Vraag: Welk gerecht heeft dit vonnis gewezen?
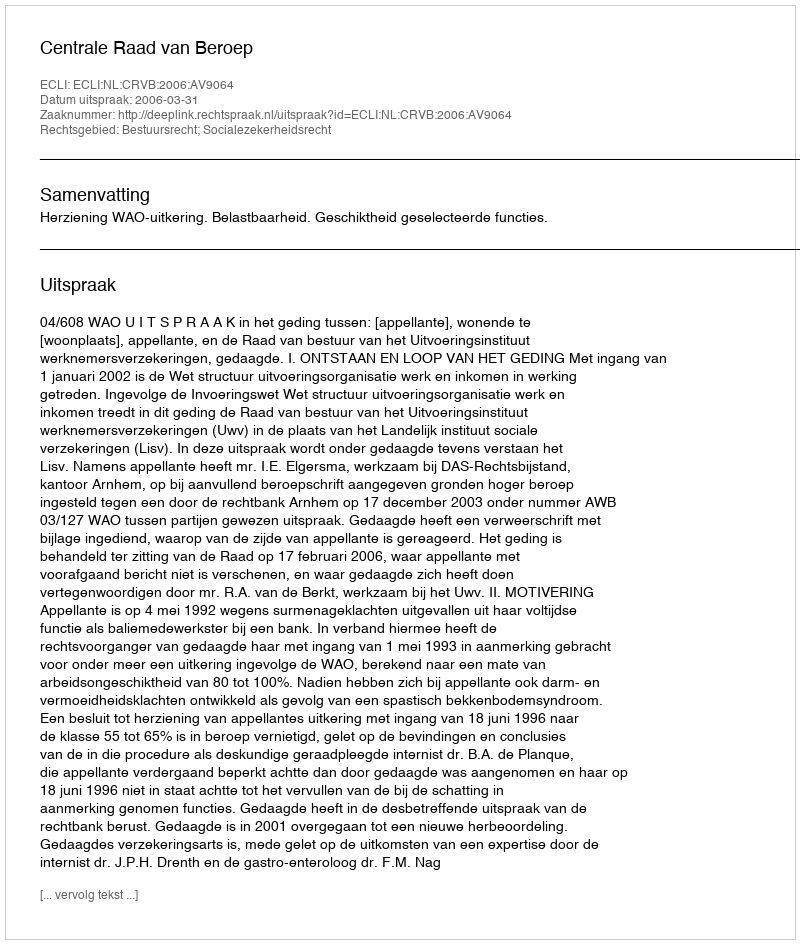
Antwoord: Centrale Raad van Beroep